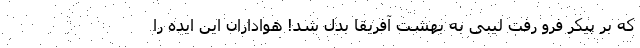
که بر پیکر فرو رفت لیبی به بهشت آفریقا بدل شد! هواداران این ایده را